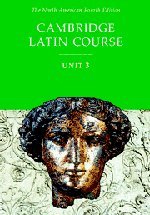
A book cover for Cambridge Latin Course, Unit 3, 4th Edition (North American Cambridge Latin Course) (Latin and English Edition); Teen & Young Adult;